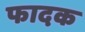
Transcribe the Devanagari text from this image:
फादक